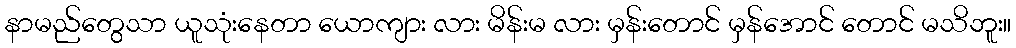
နာမည်တွေသာ ယူသုံးနေတာ ယောကျား လား မိန်းမ လား မှန်းတောင် မှန်အောင် တောင် မသိဘူး။